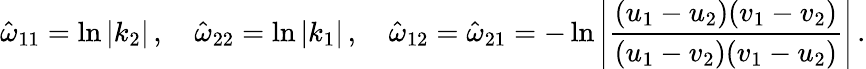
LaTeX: \hat{\omega}_{11}=\ln|k_{2}|\, ,\quad\hat{\omega}_{22}=\ln|k_{1}|\, ,\quad\hat{\omega}_{12}=\hat{\omega}_{21}=-\ln\left|\frac{(u_{1}-u_{2})(v_{1}-v_{2})}{(u_{1}-v_{2})(v_{1}-u_{2})}\right|\, .